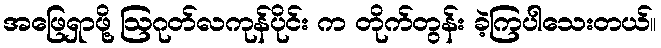
အဖြေရှာဖို့ ဩဂုတ်လကုန်ပိုင်း က တိုက်တွန်း ခဲ့ကြပါသေးတယ်။